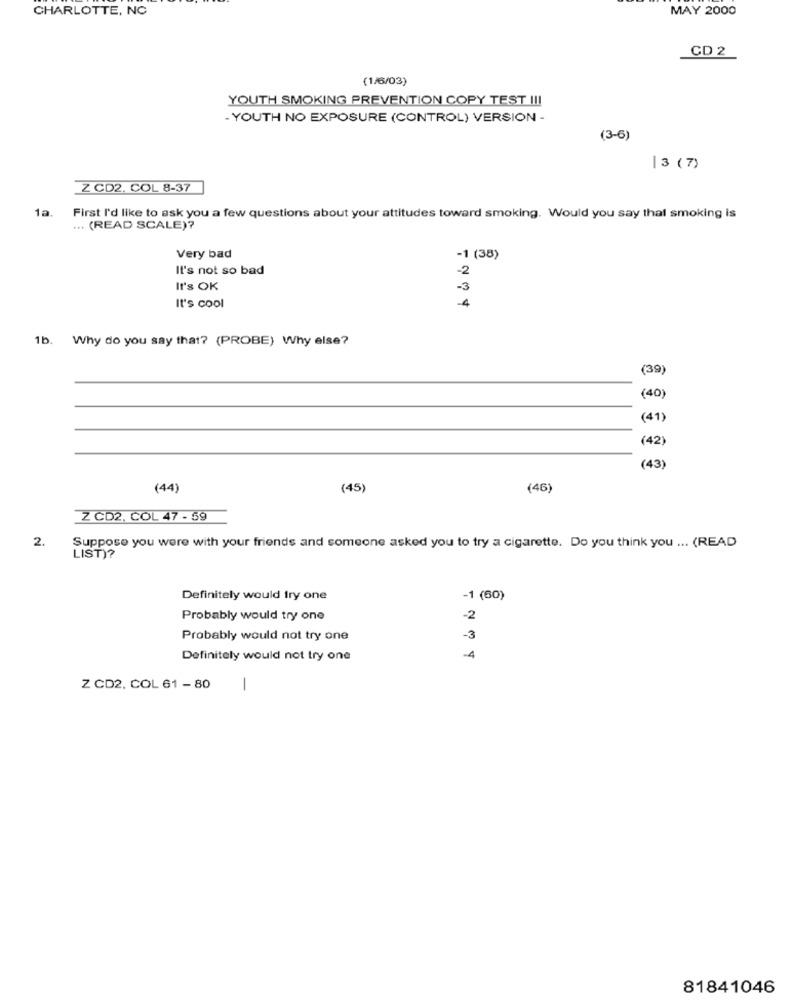
CHARLOTTE, NC
MAY 2000
CD 2
(1/6/03)
YOUTH SMOKING PREVENTION COPY TEST !!!
- YOUTH NO EXPOSURE (CONTROL) VERSION -
(3-6)
|3 (7)
Z CD2. COL 8-37
1a. First I'd like to ask you a few questions about your attitudes toward smoking. Would you say that smoking is
... (READ SCALE)?
Very bad
-1 (38)
It's not so bad
-2
It's OK
-3
4
It's cool
1b. Why do you say that? (PROBE) Why else?
(39
(40)
(41)
(42)
(43)
(44)
(45)
(46)
Z CD2, COL 47 - 59
2.
Suppose you were with your friends and someone asked you to try a cigarette. Do you think you ... (READ
LIST)?
Definitely would try one
-1 (60)
Probably would try one
-2
Probably would not try one
-3
Definitely would not try one
-4
Z CD2, COL 61 - 80
-
81841046